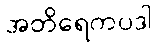
အတိရေကပဒါ